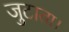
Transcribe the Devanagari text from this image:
जुटाता।